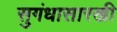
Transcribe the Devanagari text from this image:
सुगंधासारखी